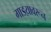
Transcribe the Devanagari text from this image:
गाडय़ावरून